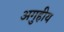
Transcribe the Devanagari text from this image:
अगुहीय